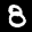
Label: 8